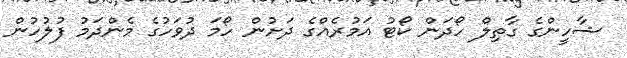
ޝާހީންގެ ގާތިލް ހޯދަން ކޯޓު އަމުރެއްގެ ދަށުން ހޯމަ ދުވަހުގެ މެންދަމު ފުލުހުން